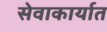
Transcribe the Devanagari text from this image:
सेवाकार्यात